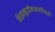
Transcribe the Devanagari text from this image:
निझामुद्दीनअवलीयाही